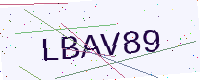
Text: LBAV89